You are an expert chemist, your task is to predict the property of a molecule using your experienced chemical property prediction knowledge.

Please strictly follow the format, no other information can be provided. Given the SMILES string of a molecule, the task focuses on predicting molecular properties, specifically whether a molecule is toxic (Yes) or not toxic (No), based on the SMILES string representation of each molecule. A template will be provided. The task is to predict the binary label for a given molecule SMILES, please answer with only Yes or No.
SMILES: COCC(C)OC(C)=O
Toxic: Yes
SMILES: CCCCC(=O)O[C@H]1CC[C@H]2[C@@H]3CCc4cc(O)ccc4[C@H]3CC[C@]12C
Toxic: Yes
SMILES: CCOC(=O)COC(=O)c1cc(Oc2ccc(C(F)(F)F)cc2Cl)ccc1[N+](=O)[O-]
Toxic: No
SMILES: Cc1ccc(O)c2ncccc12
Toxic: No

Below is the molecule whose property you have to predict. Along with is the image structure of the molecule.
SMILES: NNC(=S)NN
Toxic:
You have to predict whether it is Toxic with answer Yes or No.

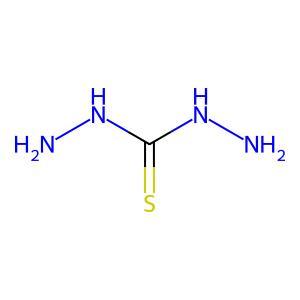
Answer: No